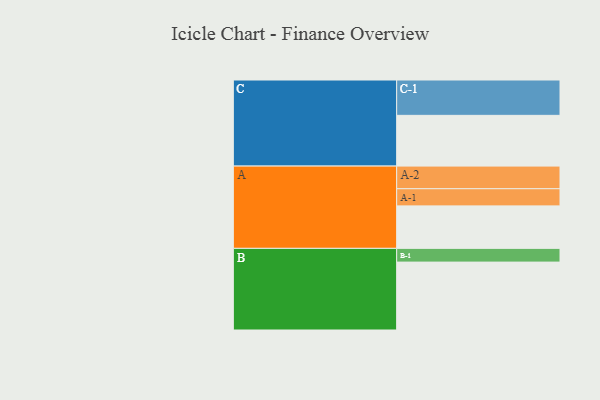
{"axis": {"x": "Segment", "y": "Value"}, "legend": ["", "A", "B", "C"], "data": [{"x": "A", "y": 334, "type": ""}, {"x": "B", "y": 534, "type": ""}, {"x": "C", "y": 399, "type": ""}, {"x": "A-1", "y": 135, "type": "A"}, {"x": "A-2", "y": 178, "type": "A"}, {"x": "B-1", "y": 108, "type": "B"}, {"x": "C-1", "y": 278, "type": "C"}]}